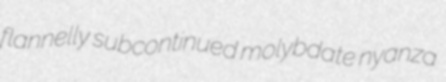
flannelly subcontinued molybdate nyanza